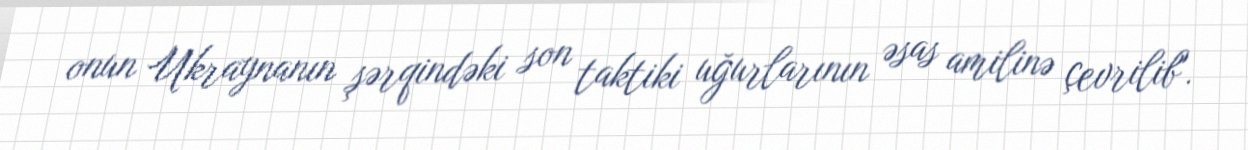
onun Ukraynanın şərqindəki son taktiki uğurlarının əsas amilinə çevrilib".